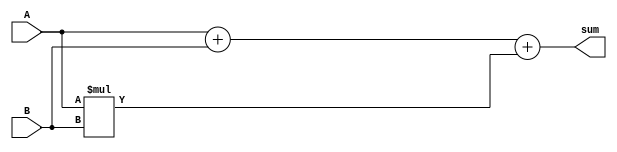
module carry_save_adder(
    input [15:0] A,
    input [15:0] B,
    output [15:0] sum
);

wire [15:0] pp;
wire [15:0] csa_sum;

// Partial Product Generator
assign pp = A * B;

// Carry Save Accumulator
assign csa_sum = A + B + pp;

assign sum = csa_sum;

endmodule